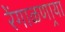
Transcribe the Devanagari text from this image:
रेंगाळणार्‍या